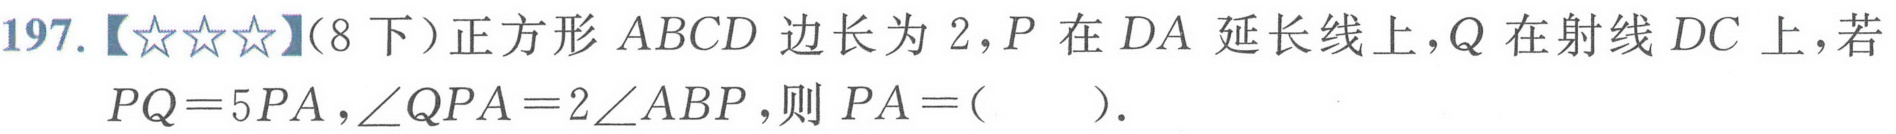
197.【★★★】(8下）正方形\(ABCD\)边长为\(2\)，\(P\)在\(DA\)延长线上，\(Q\)在射线\(DC\)上，若
\(PQ = 5PA\)，\(\angle QPA = 2\angle ABP\)，则\(PA=(\quad)\).